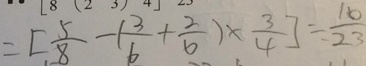
= [ \frac { 5 } { 8 } - ( \frac { 3 } { 6 } + \frac { 2 } { 6 } ) \times \frac { 3 } { 4 } ] \div \frac { 1 6 } { 2 3 }